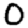
Digit: 0